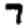
Digit: 7